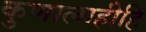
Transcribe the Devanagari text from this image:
कुणालाहीहि